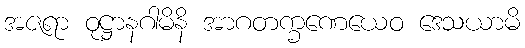
အဇရာ ဝုဋ္ဌာနဂါမိနိ အာဂတက္ခဏေယေဝ ဒေသယာမိ